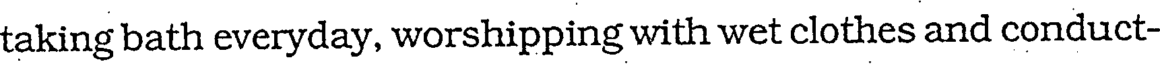
taking bath everyday, worshipping with wet clothes and conduct-